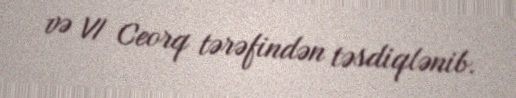
və VI Ceorq tərəfindən təsdiqlənib.